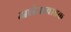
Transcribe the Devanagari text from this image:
आदेशवाहक